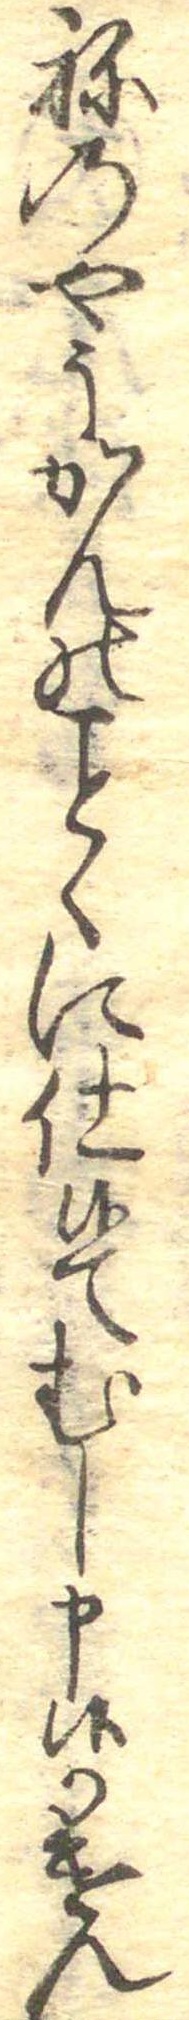
ねのやうかんのくに仕候てむし申候かけん